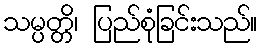
သမ္ပတ္တိ၊ ပြည်စုံခြင်းသည်။